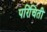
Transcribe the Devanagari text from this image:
परिचिती